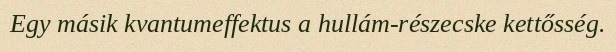
Egy másik kvantumeffektus a hullám-részecske kettősség.